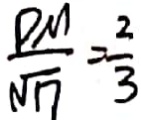
\frac { P M } { \sqrt { 1 7 } } = \frac { 2 } { 3 }